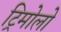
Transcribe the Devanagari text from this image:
ट्रिमोलो